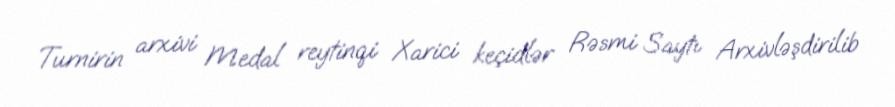
Turnirin arxivi Medal reytinqi Xarici keçidlər Rəsmi Saytı Arxivləşdirilib